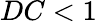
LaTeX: DC<1